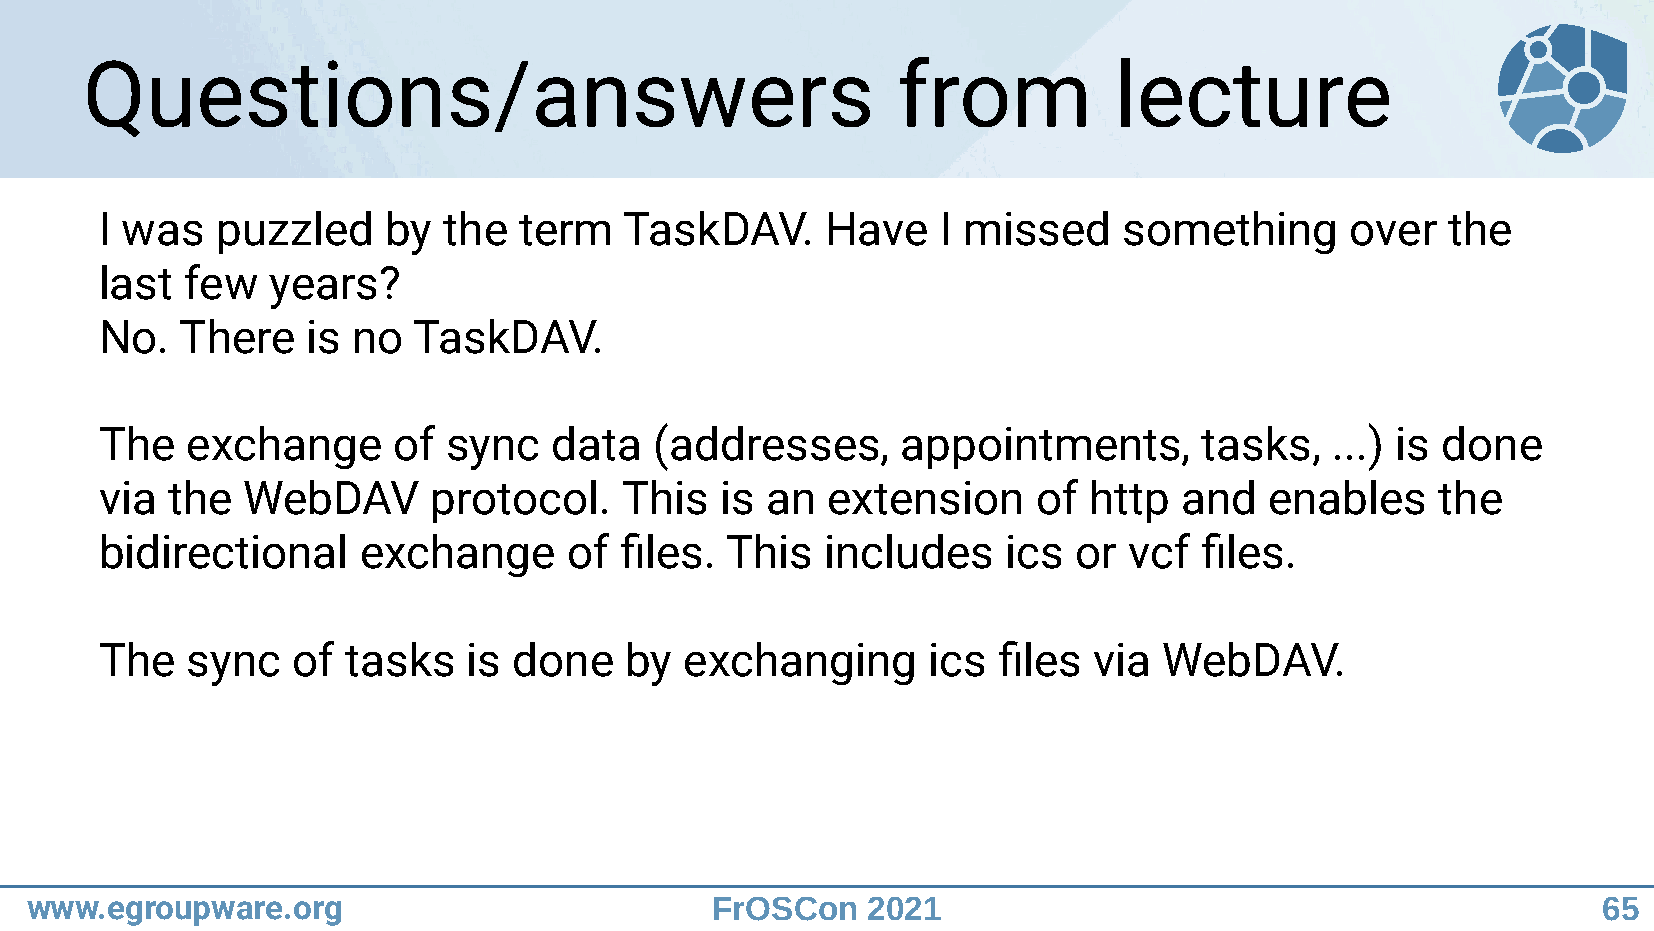
Questions/answers                                     from           lecture
 I was  puzzled    by  the  term   TaskDAV.      Have   I missed    something      over   the
 last few   years?
 No.  There   is no  TaskDAV.
 The  exchange      of  sync   data  (addresses,      appointments,       tasks,  ...) is done
 via the  WebDAV       protocol.   This   is an  extension     of http  and   enables    the
 bidirectional    exchange      of files. This   includes    ics or  vcf  files.
 The  sync   of  tasks   is done   by  exchanging      ics  files via  WebDAV.
 www.egroupware.org                           FrOSCon   2021                                             65